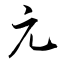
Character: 元